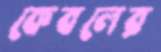
কেবলের